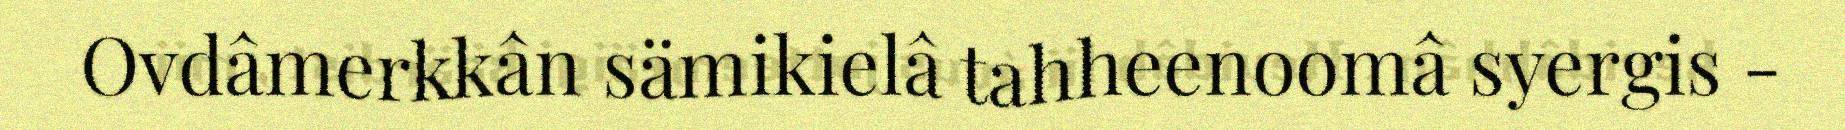
Ovdâmerkkân sämikielâ tahheenoomâ syergis -